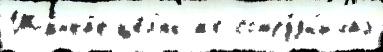
Шанха́е це́л'ях же сотру́дн'ичал